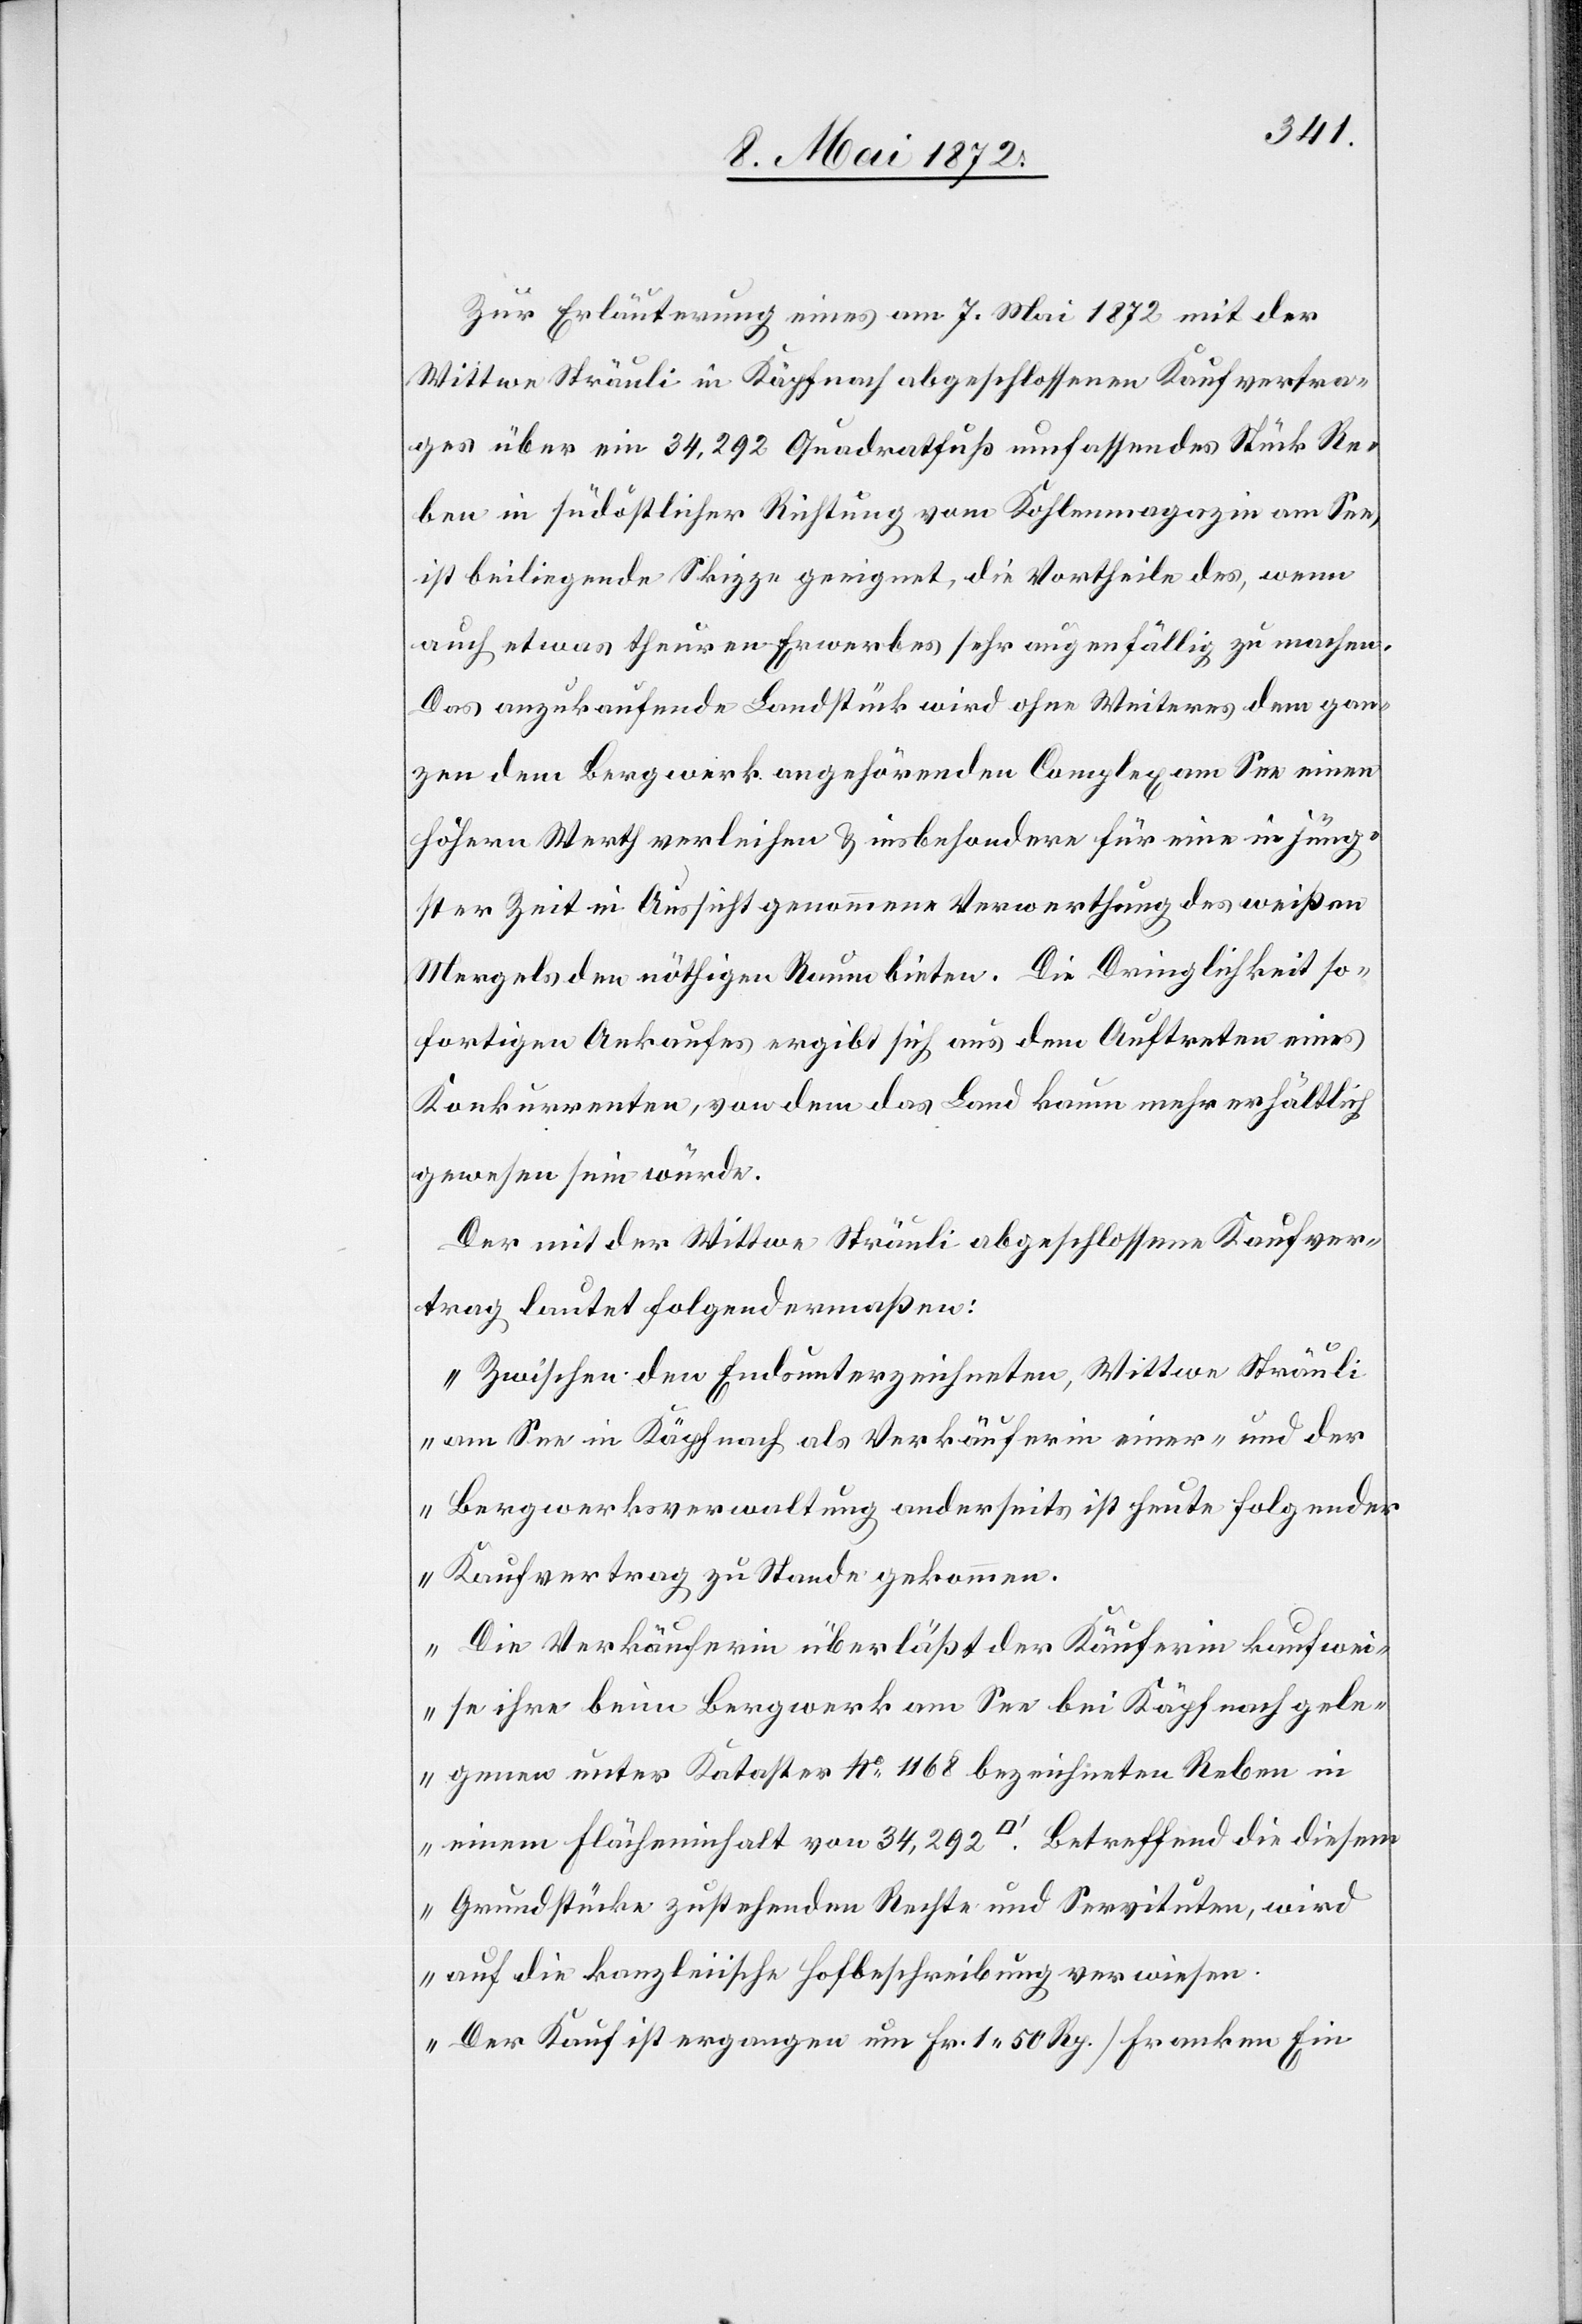
Zur Erläuterung eines am 7. Mai 1872 mit der
Wittwe Sträuli in Käpfnach abgeschlossenen Kaufvertra¬
ges über ein 34,292 Quadratfuß umfassendes Stück Re¬
ben in südöstlicher Richtung vom Kohlenmagazin am See,
ist beiliegende Skizze geeignet, die Vortheile des, wenn
auch etwas theuren Erwerbes sehr augenfällig zu machen.
Das anzukaufende Landstück wird ohne Weiteres dem gan¬
zen dem Bergwerk angehörenden Complex am See einen
höheren Werth verleihen u. insbesondere für eine in jüng¬
ster Zeit in Aussicht genommene Verwerthung des weißen
Mergels den nöthigen Raum bieten. Die Dringlichkeit so¬
fortigen Ankaufes ergibt sich aus dem Auftreten eines
Konkurrenten, von dem das Land kaum mehr erhältlich
gewesen sein würde.
Der mit der Wittwe Sträuli abgeschlossene Kaufver¬
trag lautet folgendermaßen:
„Zwischen den Endsunterzeichneten, Wittwe Sträuli
am See in Käpfnach als Verkäuferin einer- und der
Bergwerksverwaltung anderseits ist heute folgender
Kaufvertrag zu Stande gekommen.
Die Verkäuferin überläßt der Käuferin kaufw¬
eise beim Bergwerk am See bei Käpfnach gele¬
genen unter Kataster No 1168 bezeichneten Reben in
einem Flächeninhalt von 34,292 [Quadratfuss]. Betreffend die diesem
Grundstücke zustehenden Rechte und Servituten, wird
auf die kanzleiische Hofbeschreibung verwiesen.
Der Kauf ist ergangen um Fr. 1 50 Rp. [Franken Ein